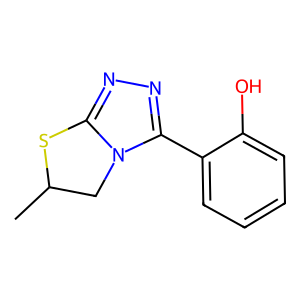
SMILES: CC1Cn2c(nnc2-c2ccccc2O)S1
Inhibits HIV replication: No